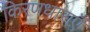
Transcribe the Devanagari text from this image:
किरणधाराएँ